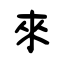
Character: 來